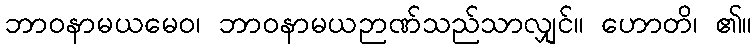
ဘာဝနာမယမေဝ၊ ဘာဝနာမယဉာဏ်သည်သာလျှင်။ ဟောတိ၊ ၏။